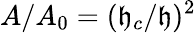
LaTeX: A/A_{0}=(\mathfrak{h}_{c}/\mathfrak{h})^{2}